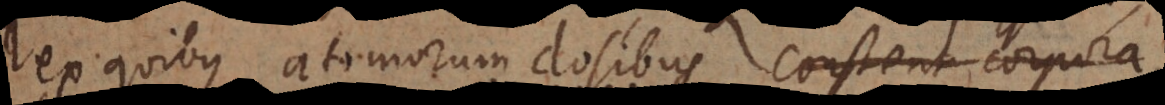
ex quibus atomorum dosibus constent corpora,